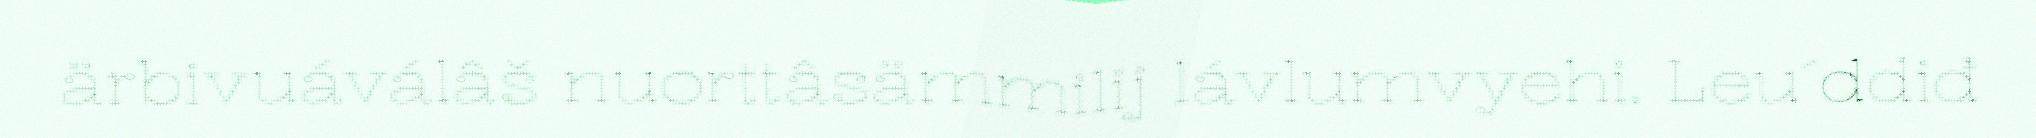
ärbivuáválâš nuorttâsämmilij lávlumvyehi. Leu´ddiđ